system: You are a helpful assistant.
user:
Analyze the provided spectrum to determine if it is a **Carbon Star (C-type)**.

- **Key Visual Indicators of Carbon Star:**
    - **(Primary):** Strong molecular absorption from **C₂ (diatomic carbon) "Swan Bands."** This is the **defining feature** of a carbon star.
        - **(Key Bandheads):** Sharp absorption edges are visible at approximately $5635$ Å, $5165$ Å (the strongest band), and $4737$ Å.
        - **(Line Profile):** Creates a distinct **"saw-tooth"** pattern. The key morphology is a sharp, steep bandhead on the **red (long-wavelength) side**, which then gradually tapers off (i.e., flux recovers) towards the **blue (short-wavelength) side**. *(This is the direct opposite of the TiO bands seen in M-type stars)*.

    - **(Secondary):** Intense **CN (cyanogen)** molecular absorption bands.
        - **(Key Bandheads):** Located in the blue and violet regions of the spectrum (e.g., near $4215$ Å and $3883$ Å).
        - **(Morphology):** These bands are extremely broad and act as a "blanket," absorbing the vast majority of blue and violet light. This creates a characteristic **"cliff"** or **"steep drop-off"** in the spectrum's flux at short wavelengths.

    - **(Key Confirmation):** Strong **CH absorption band (G-band)**.
        - **(Key Bandhead):** Located around $4300$ Å. The contribution from CH molecules to this band is exceptionally strong.

    - **(Overall Spectrum):**
        - The continuum is severely "chopped up" by these deep molecular bands, especially C₂, rather than appearing as a smooth curve.
        - Due to the heavy CN and C₂ absorption in the blue-green, the vast majority of the star's flux is concentrated in the red part of the spectrum, giving the star its characteristic deep red color.

Think first, call **spectral_visualization_tool** if needed to examine features in detail, then provide your final answer. Your response must adhere to the following strict rules:
1.  **Overall Structure:** Your response must follow the format `<think>...</think> <tool_call>...</tool_call> (if a tool is used) <answer>...</answer>`.
2.  **Tool Usage Constraint:** You may only make **one** tool call per turn.
3.  **Final Answer Format:** In the `<answer>` tag, your conclusion must be inside a `\boxed{}` command (e.g., `\boxed{YES}`), followed by your justification.

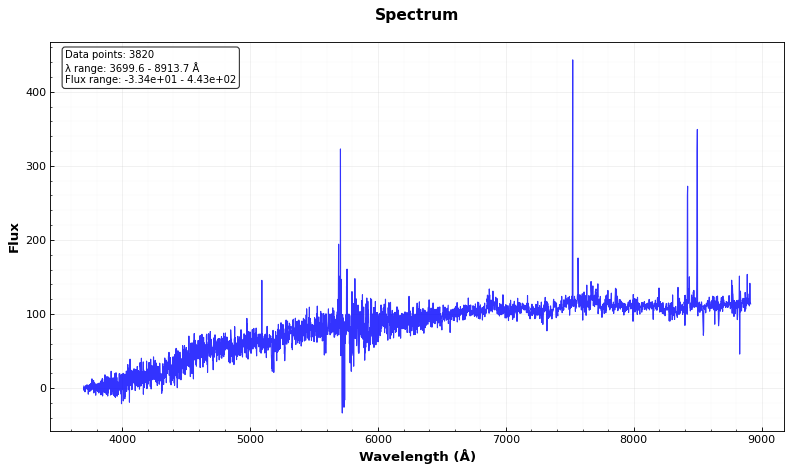
Answer: NO